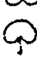
ధ